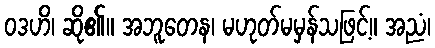
ဝဒဟိ၊ ဆို၏။ အဘူတေန၊ မဟုတ်မမှန်သဖြင့်။ အညံ၊